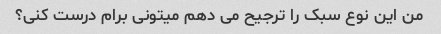
من این نوع سبک را ترجیح می دهم میتونی برام درست کنی؟